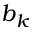
b _ { k }